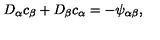
D _ { \alpha } c _ { \beta } + D _ { \beta } c _ { \alpha } = - \psi _ { \alpha \beta } ,